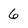
Character: 6